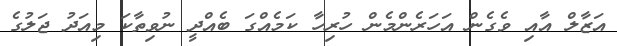
އަޒާލް އާއި ވެގެން އަހަރެންމެން ހުރިހާ ކަމެއްގަ ބެއްދީ ނުވިތާކަ މިއަދު ޖަލުގެ